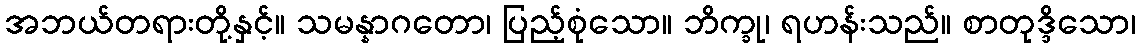
အဘယ်တရားတို့နှင့်။ သမန္နာဂတော၊ ပြည့်စုံသော။ ဘိက္ခု၊ ရဟန်းသည်။ စာတုဒ္ဒိသော၊